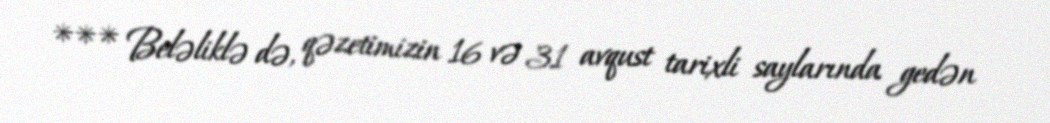
*** Beləliklə də, qəzetimizin 16 və 31 avqust tarixli saylarında gedən